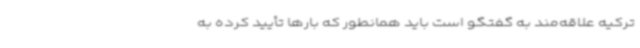
ترکیه علاقه‌مند به گفتگو است باید همانطور که بارها تأیید کرده به